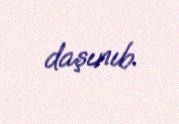
daşınıb.